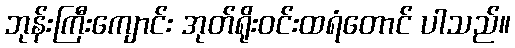
ဘုန်းကြီးကျောင်း အုတ်ရိုးဝင်းထရံတောင် ပါသည်။